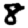
Digit: 8